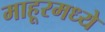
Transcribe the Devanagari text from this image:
माहूरमध्ये